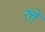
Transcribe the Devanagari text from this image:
रत्ते